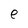
Character: e